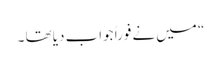
“ میں نے فوراً جواب دیا تھا ۔